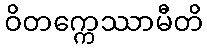
ဝိတက္ကေဿာမီတိ